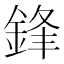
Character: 鋒